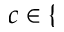
c \in \{